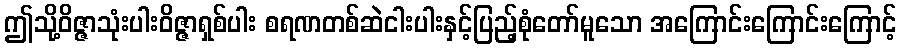
ဤသို့ဝိဇ္ဇာသုံးပါးဝိဇ္ဇာရှစ်ပါး စရဏတစ်ဆဲငါးပါးနှင့်ပြည့်စုံတော်မူသော အကြောင်းကြောင်းကြောင့်